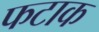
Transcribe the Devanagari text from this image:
फटाक